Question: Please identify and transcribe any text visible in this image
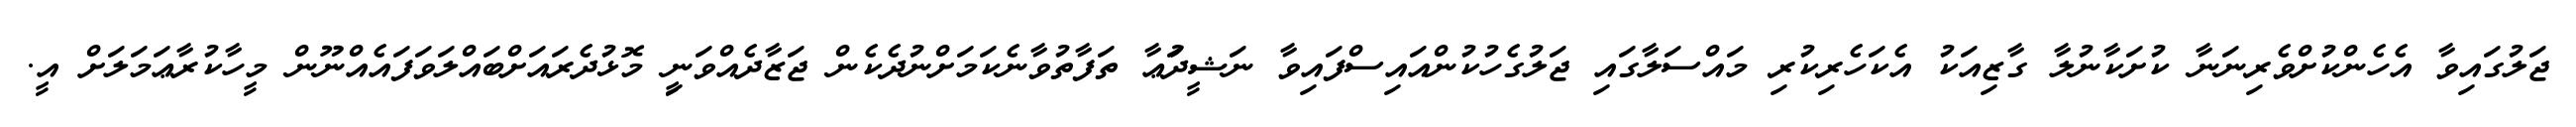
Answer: ޖަލުގައިވާ އެހެންކުށްވެރިނަނާ ކުށަކާނުލާ ގާޒިއަކު އެކަހެރިކުރި މައްސަލާގައި ޖަލުގެހުކުންއައިސްފައިވާ ނަޝީދުަޢާ ތަފާތުވާނެކަމަށްނުދެކެން ޖަޒާދެއްވަނިީ މޮޅުދެރައަށްބައްލަވަފައެއްނޫން މީހާކުރާޢަމަލަށް އީ.